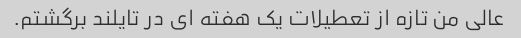
عالی من تازه از تعطیلات یک هفته ای در تایلند برگشتم.